Vabadussoja_Ajaloo_Komitee, lk 22
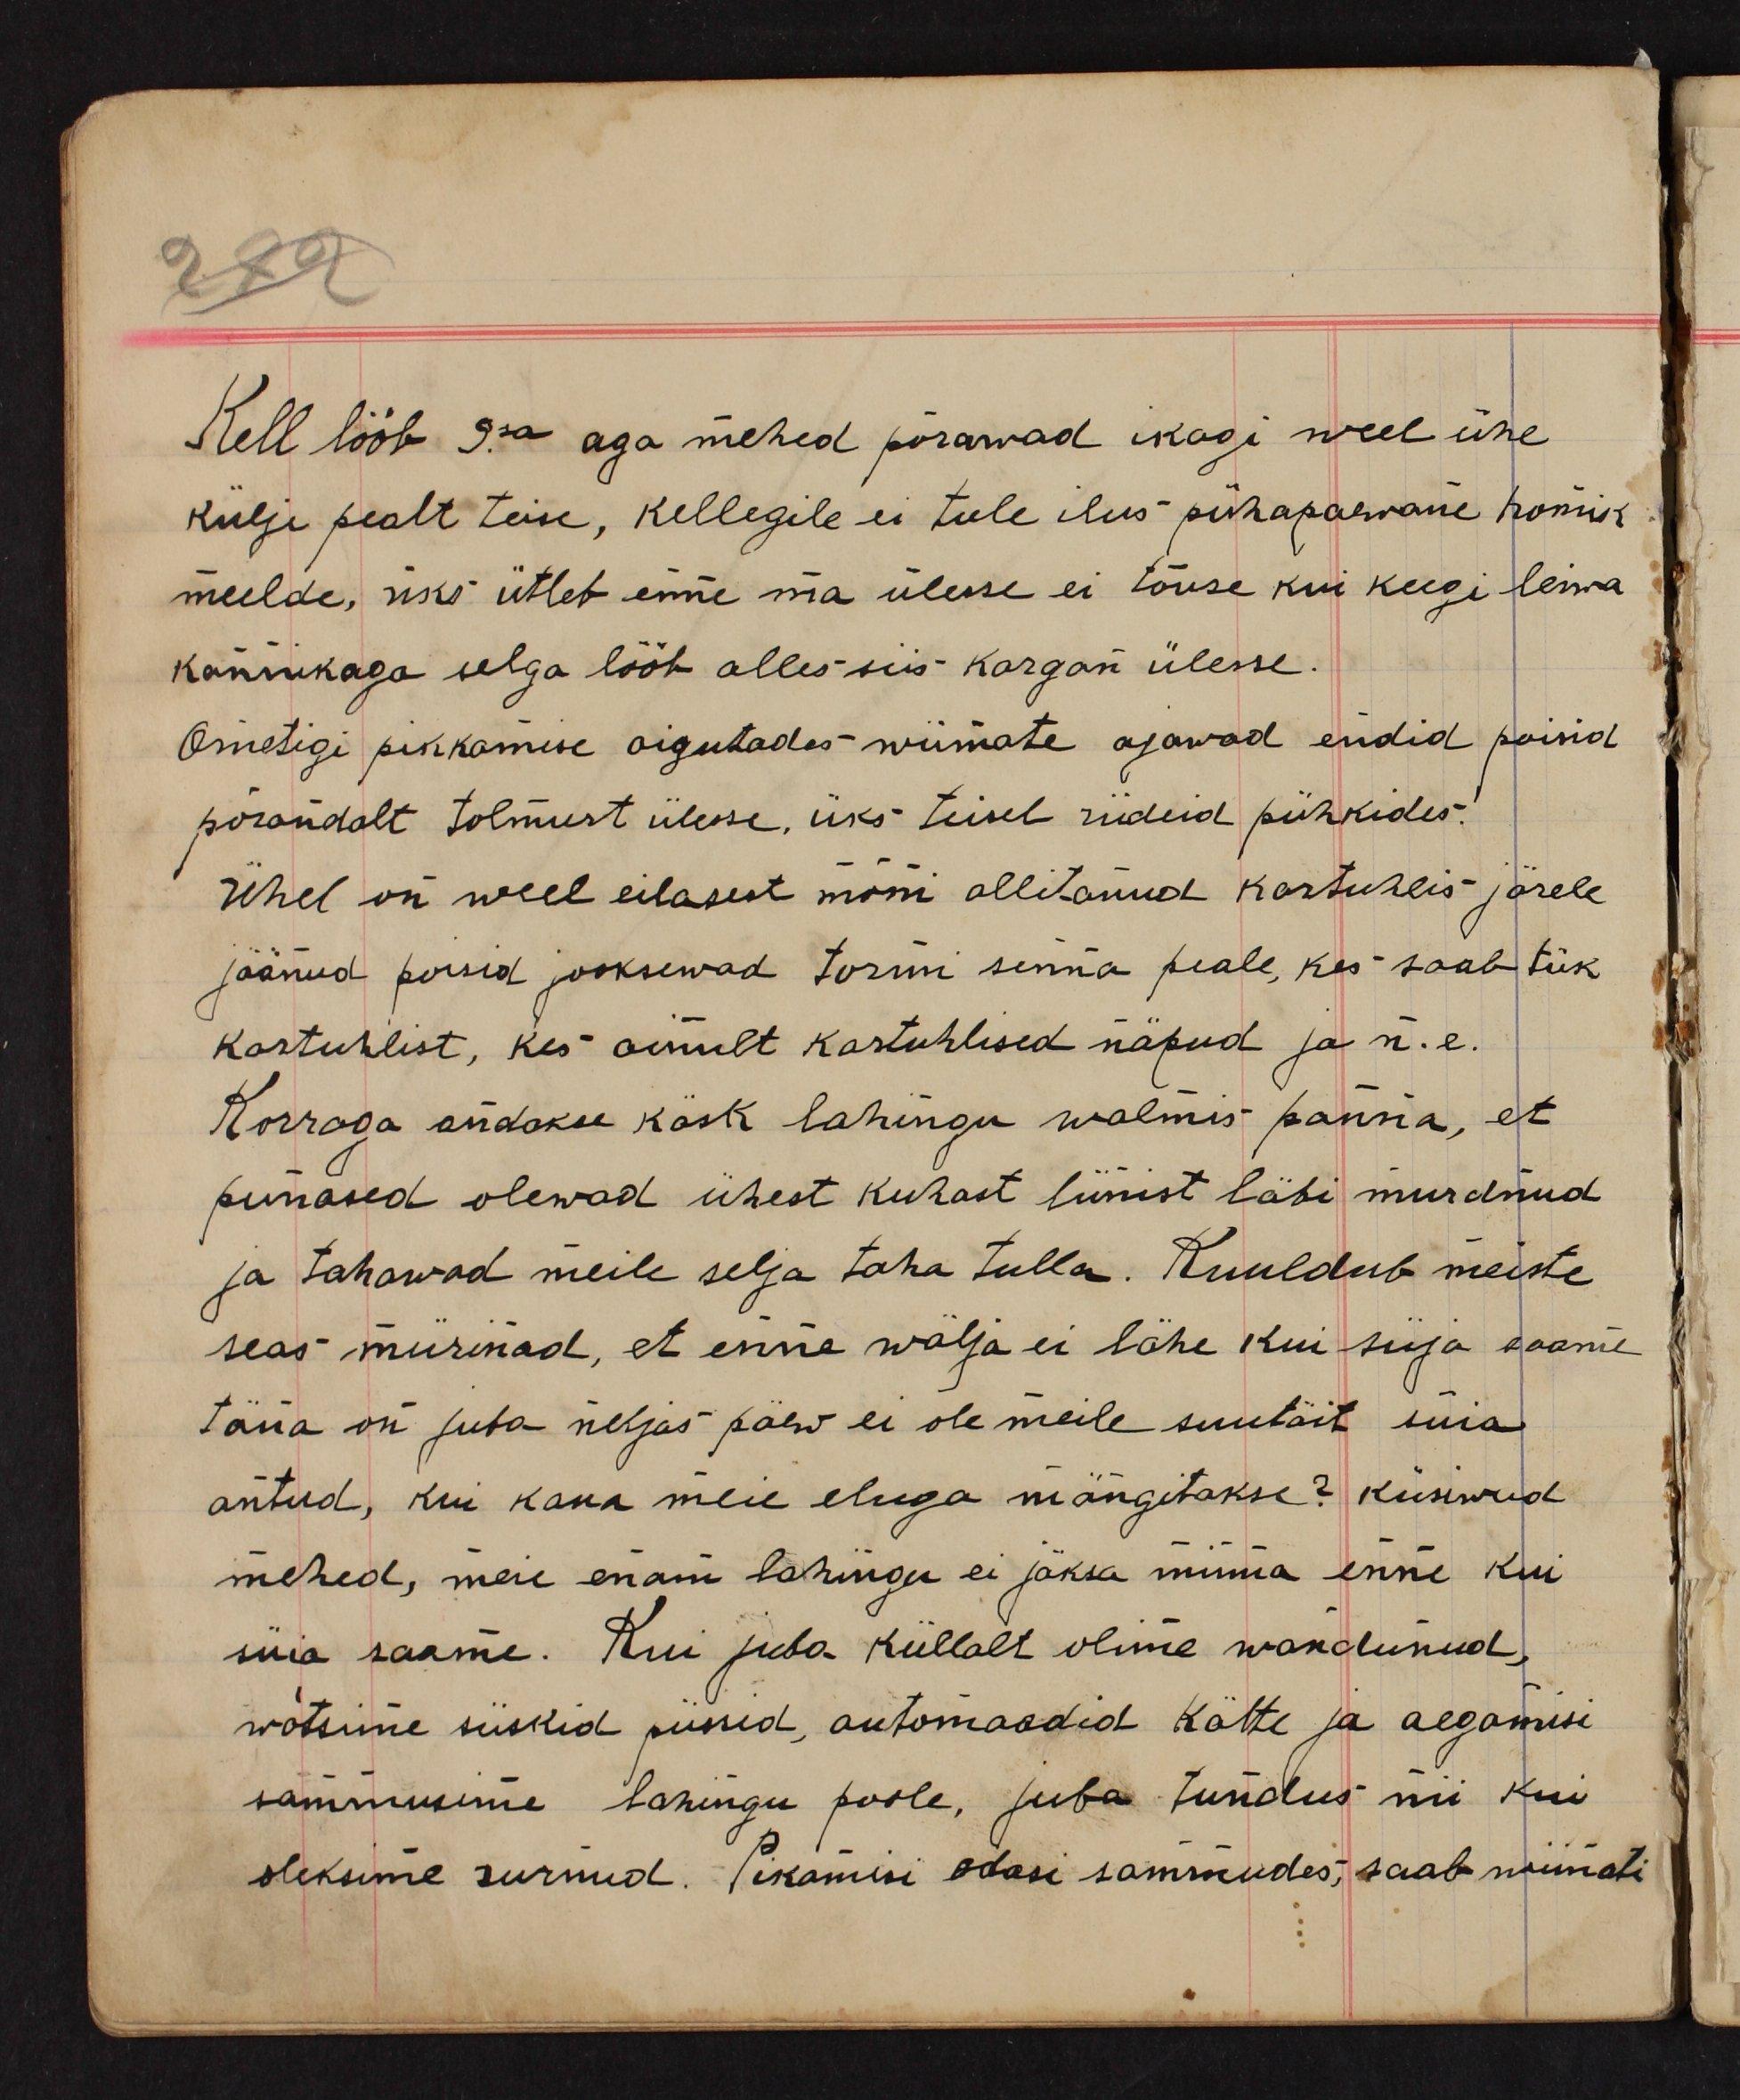
Kell lööb 9sa aga mehed pörawad ikagi weel ühe
külje pealt teise, kellegile ei tule ilus pühapaewane homik
meelde, üks ütleb enne ma ülesse ei tõuse kui keegi leiwa
kannikaga selga lööb alles siis kargab ülesse.
Ometigi pikkamisi aigutades wiimate ajawad endid poisid
põrandalt tolmust ülesse, üks teisel riideid pühkides.
Ühel on weel eilasest mõni allitanud kartuhlis järele
jäänud poisid jooksewad tormi senna peale, kes saab tük
kartuhlist, kes ainult kartuhlised näpud ja n. e.
Korraga andakse käsk lahingu walmis panna, et
punased olewad ühest kuhast liinist läbi murdnud
ja tahawad meile selja taha tulla. Kuuldub meiste
seas mürinad, et enne wälja ei lähe kui süja saame
täna on juba neljas päew ei ole meile suutäit süia
antud, kui kaua meie eluga mängitakse? Küsiwad
mehed, meie enam lahingu ei jäksa minna enne kui
süia saame. Kui juba küllalt oleme wandunud,
wõtsime siiskid püssid, automaadid kätte ja aegamisi
sammusime lahingu poole, juba tundus nii kui
oleksime surnud. Pikamisi edasi sammudes, saab niimoti